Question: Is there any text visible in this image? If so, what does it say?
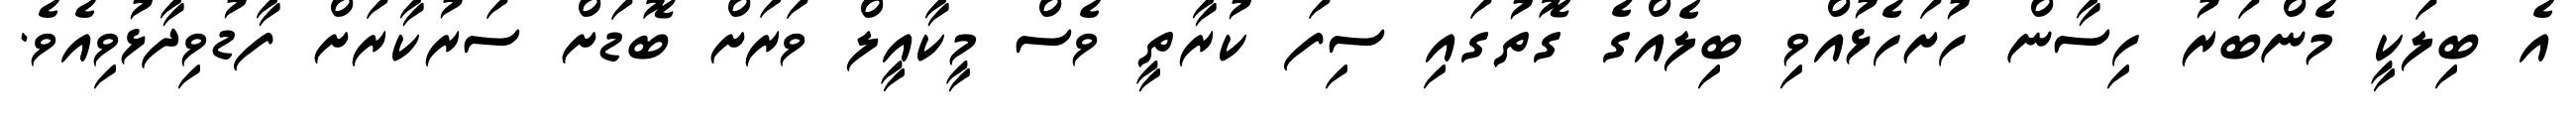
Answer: އެ ބިލަކީ މެންބަރު ހިސާން ހުށަހެޅުއްވި ބިލެއްގެ ގޮތުގައި ސިފަ ކުރާތީ ވެސް މީކާއީލް ވަރަށް ބޮޑަށް ސަރުކާރަށް ފާޑުވިދާޅުވިއެވެ.